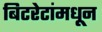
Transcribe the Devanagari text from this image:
बिटरेटांमधून